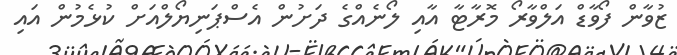
ޒުވާން ފޯވާޑް އަލްވާރޯ މޮރާޓާ އާއި ލޯނެއްގެ ދަށުން އެސްޕަނިޔޯލްއަށް ކުޅެމުން އައި